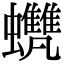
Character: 𧕺